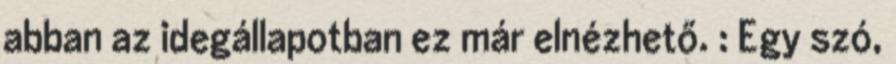
abban az idegállapotban ez már elnézhető. : Egy szó,